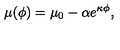
\mu ( \phi ) = \mu _ { 0 } - \alpha e ^ { \kappa \phi } ,